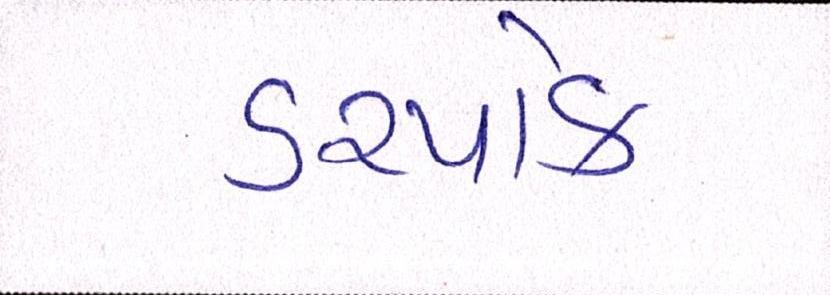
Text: ડરપોક